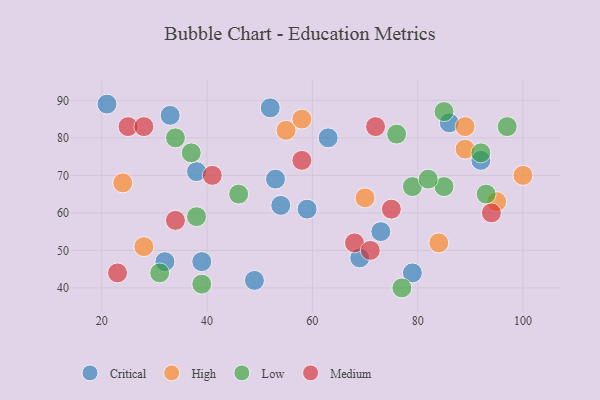
{"axis": {"x": "GDP", "y": "Life Expectancy"}, "legend": ["Critical", "High", "Low", "Medium"], "data": [{"x": "79", "y": 44, "type": "Critical"}, {"x": "59", "y": 61, "type": "Critical"}, {"x": "92", "y": 74, "type": "Critical"}, {"x": "86", "y": 84, "type": "Critical"}, {"x": "52", "y": 88, "type": "Critical"}, {"x": "69", "y": 48, "type": "Critical"}, {"x": "53", "y": 69, "type": "Critical"}, {"x": "21", "y": 89, "type": "Critical"}, {"x": "32", "y": 47, "type": "Critical"}, {"x": "54", "y": 62, "type": "Critical"}, {"x": "49", "y": 42, "type": "Critical"}, {"x": "33", "y": 86, "type": "Critical"}, {"x": "73", "y": 55, "type": "Critical"}, {"x": "63", "y": 80, "type": "Critical"}, {"x": "38", "y": 71, "type": "Critical"}, {"x": "39", "y": 47, "type": "Critical"}, {"x": "28", "y": 51, "type": "High"}, {"x": "100", "y": 70, "type": "High"}, {"x": "89", "y": 83, "type": "High"}, {"x": "84", "y": 52, "type": "High"}, {"x": "24", "y": 68, "type": "High"}, {"x": "55", "y": 82, "type": "High"}, {"x": "58", "y": 85, "type": "High"}, {"x": "70", "y": 64, "type": "High"}, {"x": "89", "y": 77, "type": "High"}, {"x": "95", "y": 63, "type": "High"}, {"x": "34", "y": 80, "type": "Low"}, {"x": "79", "y": 67, "type": "Low"}, {"x": "39", "y": 41, "type": "Low"}, {"x": "31", "y": 44, "type": "Low"}, {"x": "76", "y": 81, "type": "Low"}, {"x": "85", "y": 67, "type": "Low"}, {"x": "46", "y": 65, "type": "Low"}, {"x": "38", "y": 59, "type": "Low"}, {"x": "92", "y": 76, "type": "Low"}, {"x": "37", "y": 76, "type": "Low"}, {"x": "93", "y": 65, "type": "Low"}, {"x": "82", "y": 69, "type": "Low"}, {"x": "77", "y": 40, "type": "Low"}, {"x": "97", "y": 83, "type": "Low"}, {"x": "85", "y": 87, "type": "Low"}, {"x": "94", "y": 60, "type": "Medium"}, {"x": "68", "y": 52, "type": "Medium"}, {"x": "25", "y": 83, "type": "Medium"}, {"x": "75", "y": 61, "type": "Medium"}, {"x": "34", "y": 58, "type": "Medium"}, {"x": "58", "y": 74, "type": "Medium"}, {"x": "72", "y": 83, "type": "Medium"}, {"x": "28", "y": 83, "type": "Medium"}, {"x": "41", "y": 70, "type": "Medium"}, {"x": "23", "y": 44, "type": "Medium"}, {"x": "71", "y": 50, "type": "Medium"}]}